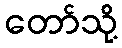
တော်သို့